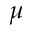
\mu